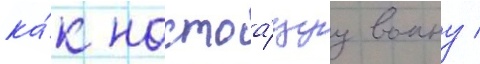
ка́к настоа́щуу воину /